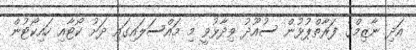
އަދި ނާޒިމްގެ ފަރާތްޕުޅުން ސުއޫދު ވިދާޅުވީ މި މައްސަލައިގައި ދަށު ކޯޓާއި ހައިކޯޓުން